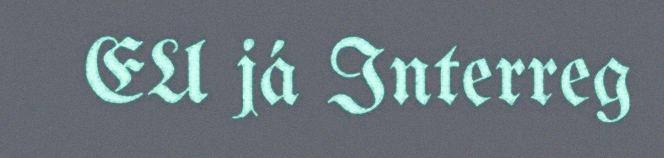
EU já Interreg